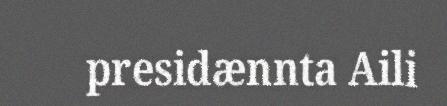
presidænnta Aili